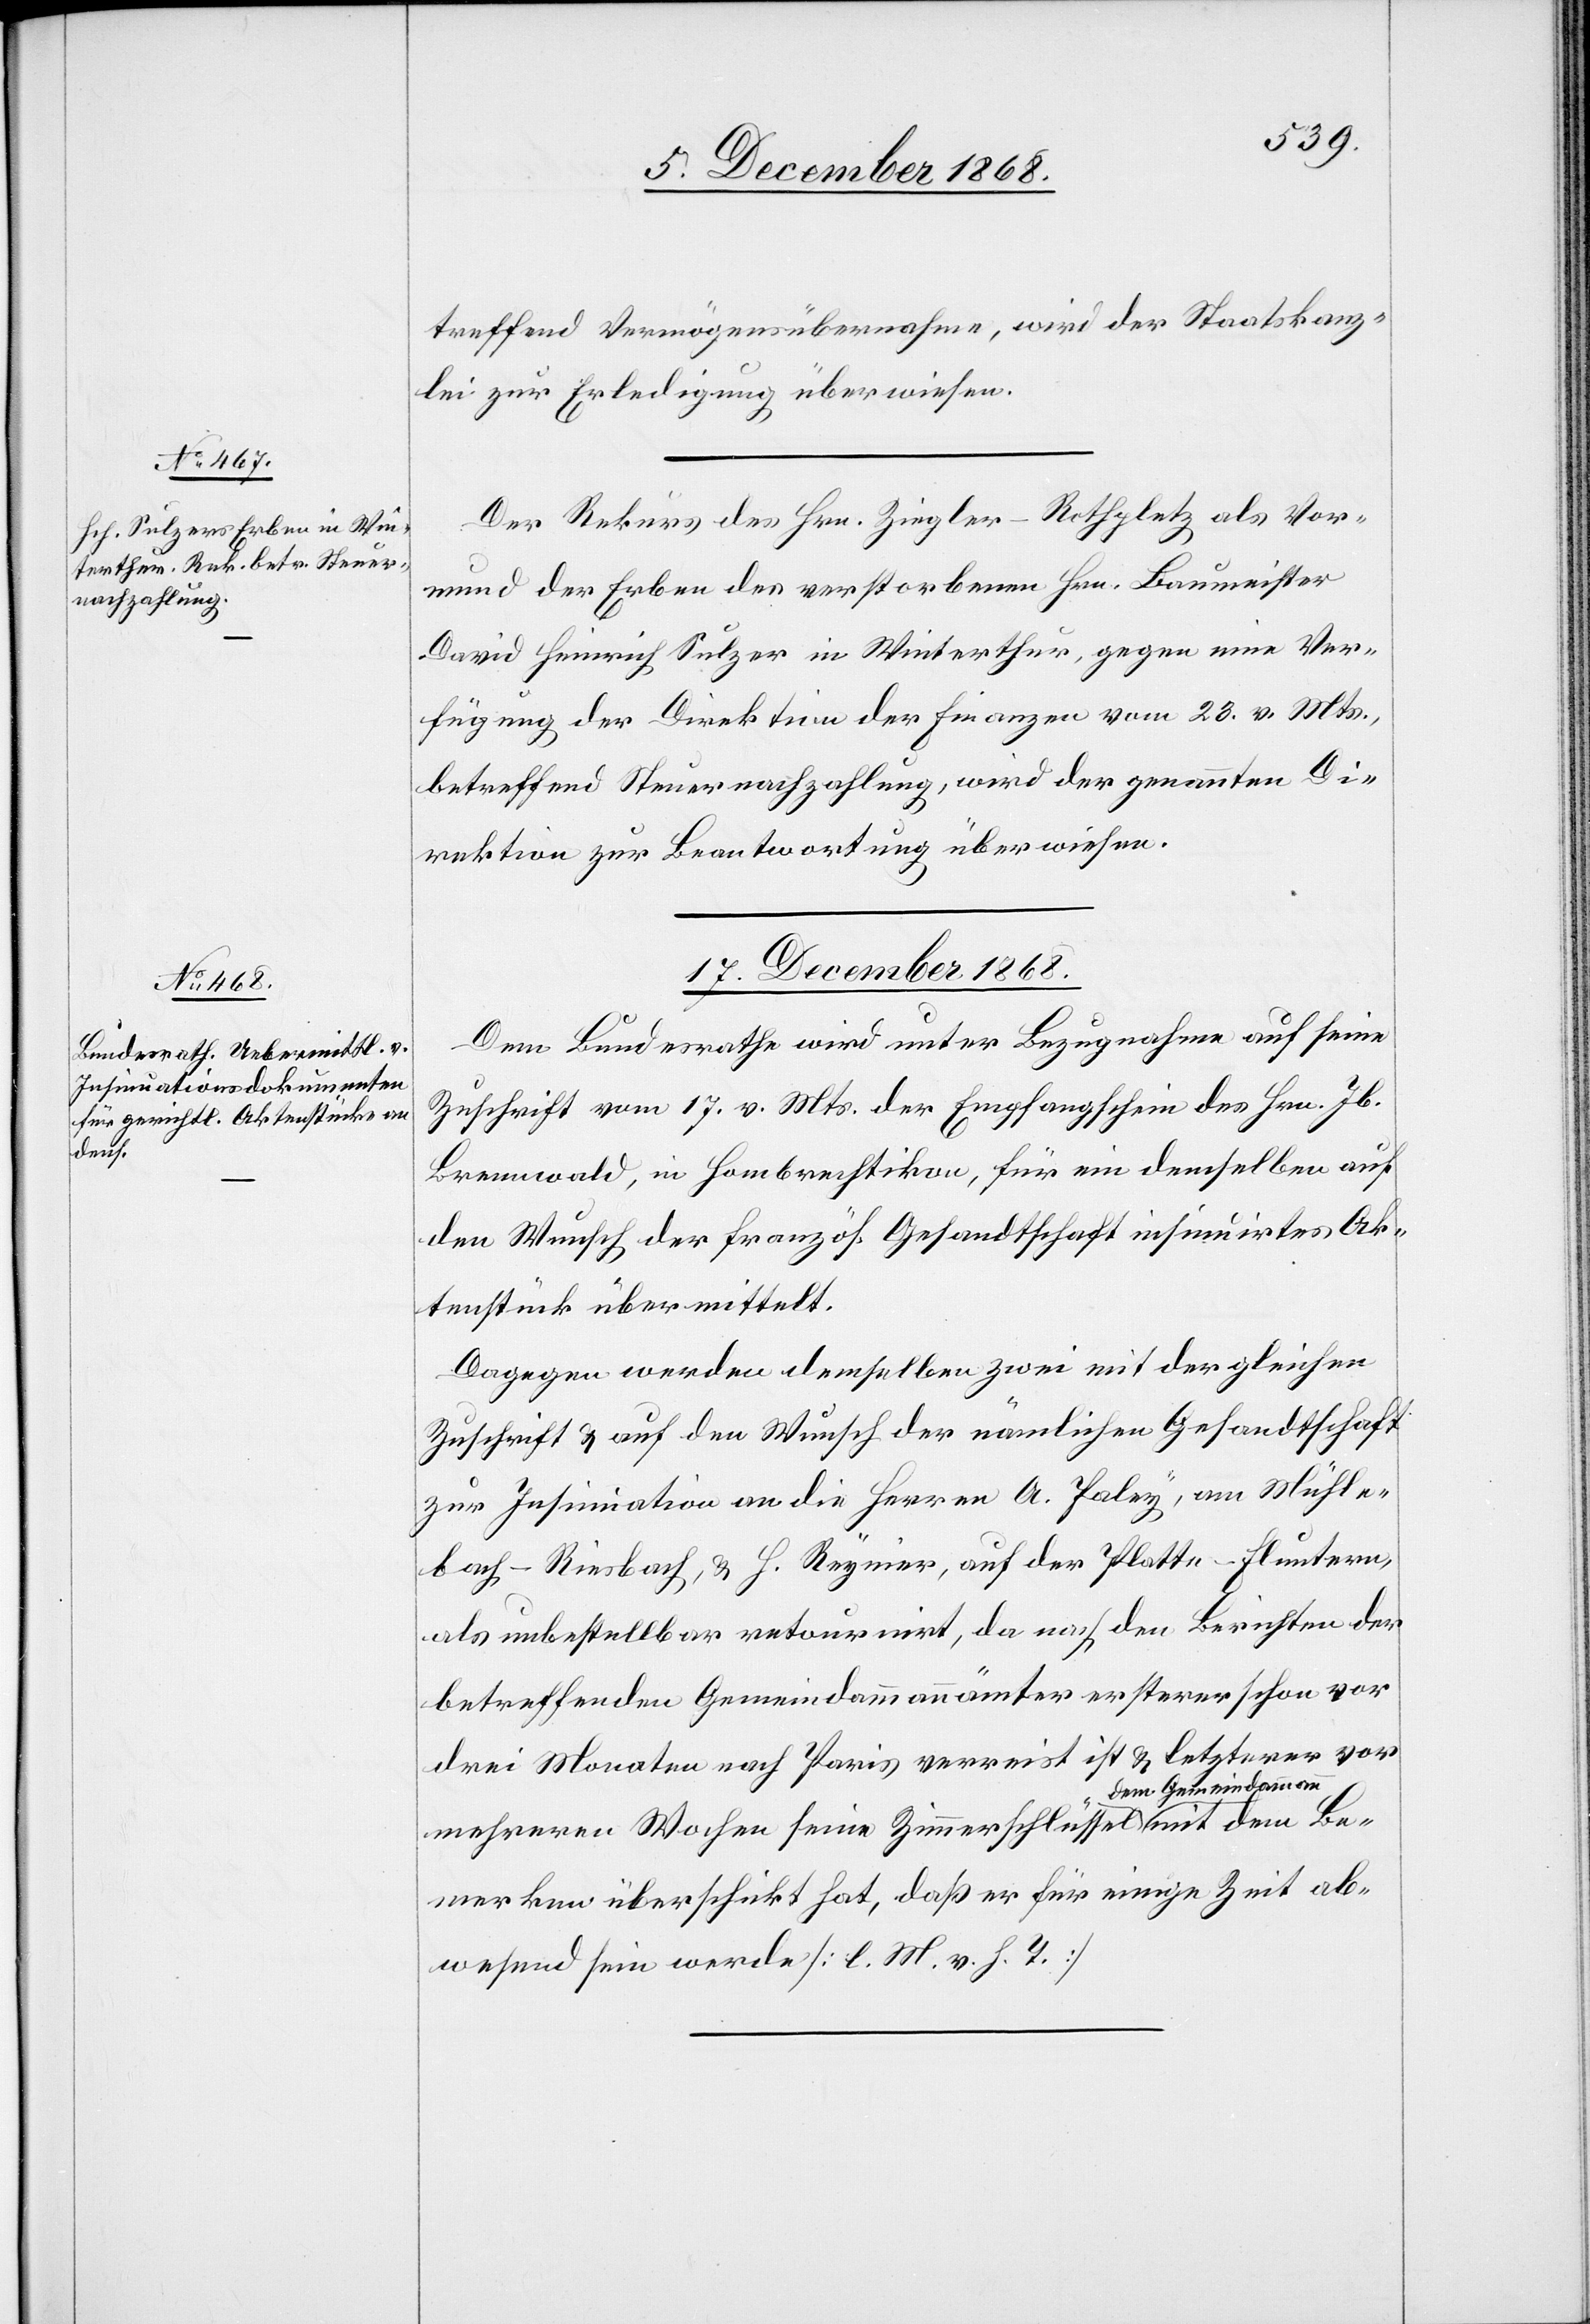
dem B¬

treffend Vermögensübernahme, wird der Staatskanz¬
lei zur Erledigung überwiesen.
Der Rekurs des Hrn. Ziegler-Rothpletz als Vor¬
mund der Erben des verstorbenen Hrn. Baumeister
David Heinrich Sulzer in Winterthur, gegen eine Ver¬
fügung der Direktion der Finanzen vom 23. v. Mts.,
betreffend Steuernachzahlung, wird der genannten Di¬
rektion zur Beantwortung überwiesen.
17. December 1868.
Dem Bundesrathe wird unter Bezugnahme auf seine
Zuschrift vom 17. v. Mts. der Empfangschein des Hrn. Jb.
Brennwald, in Hombrechtikon, für ein demselben auf
den Wunsch der französ. Gesandtschaft insinuirtes Ak¬
tenstück übermittelt.
Dagegen werden demselben zwei mit der gleichen
Zuschrift & auf den Wunsch der nämlichen Gesandtschaft
zur Insinuation an die Herren A. Paley, am Mühle¬
bach - Riesbach, & H. Reynier, auf der Platte - Fluntern,
als unbestellbar retournirt, da nach den Berichten der
betreffenden Gemeindammannämter ersterer schon vor
drei Monaten nach Paris verreist ist & letzterer vor
mehreren Wochen seine Zimmerschlüssel dem Ge¬
emerken überschickt hat, daß er für einige Zeit ab¬
wesend sein werde [l. M. v. h. T.]